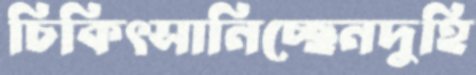
চিকিৎসানিচ্ছেনদুহি